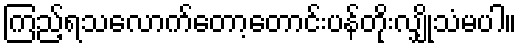
ကြည့်ရသလောက်တော့တောင်းပန်တိုးလျှိုသံမပါ။